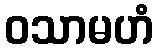
ဝသာမဟံ